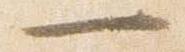
一